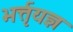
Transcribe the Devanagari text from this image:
भर्त्तृयज्ञ